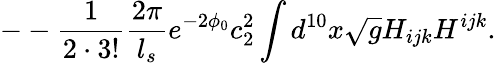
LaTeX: --\frac{1}{2\cdot 3!}\frac{2\pi}{l_{s}}e^{-2\phi_{0}}c_{2}^{2}\int d^{10}x\sqrt{g}H_{ijk}H^{ijk}.